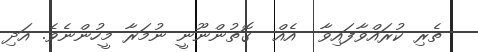
ތެރި ކުރައްވާފައިވާ  އެއް  ގޮތުންނޫނީ ނުމަރާ މީހުންނެވެ. އަދި